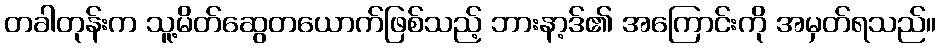
တခါတုန်းက သူ့မိတ်ဆွေတယောက်ဖြစ်သည့် ဘားနာ့ဒ်၏ အကြောင်းကို အမှတ်ရသည်။